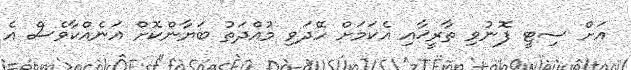
އަށް ސިޓީ ފޮނުވި ތާރީޚާއި އެކަމަށް ހޭދަވި މުއްދަތު ބަޔާންކޮށް އަނެއްކާވެސް އެ